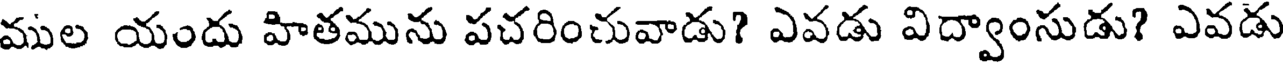
ముల యందు హితమును పచరించువాడు? ఎవడు విద్వాంసుడు? ఎవడు